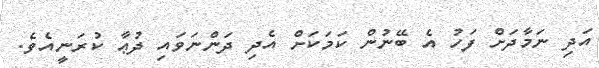
އަދި ނަމާދަށް ފަހު އެ ބޭނުން ކަމަކަށް އެދި ދަންނަވައި ދުޢާ ކުރަނީއެވެ.